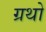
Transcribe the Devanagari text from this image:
ग्रथो